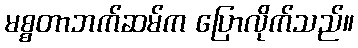
မစ္စတာဘက်ဆမ်က ပြောလိုက်သည်။